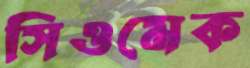
সিওমেক